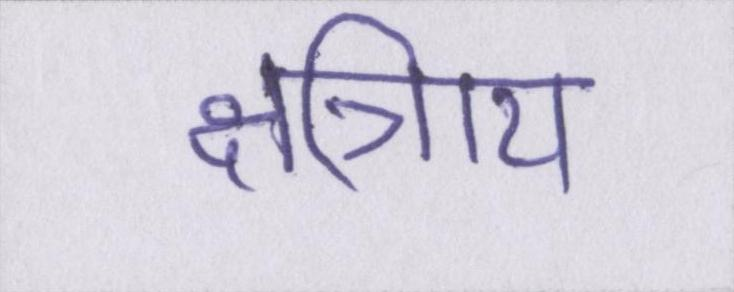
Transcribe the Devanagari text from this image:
क्षत्रिाय